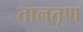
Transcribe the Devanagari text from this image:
तालतृण